Annual administration report of the Civil Veterinary Department of India - 1900-1901
Year: 1900
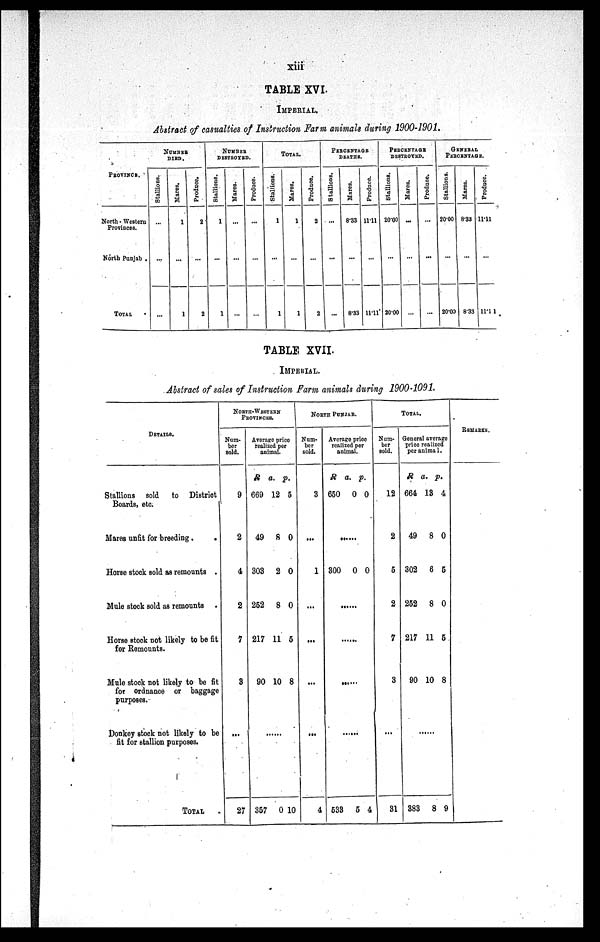
xiii
TABLE XVI.
IMPERIAL.
Abstract of casualties of Instruction Farm animals during 1900-1901.
PROVINCE.
North - Western
Provinces.
North Punjab .
TOTAL .
NUMBER
DIED.
Stallions.
...
...
...
Mares.
1
...
1
Produce.
2
...
2
NUMBER
DESTROYED.
Stallions.
1
...
1
Mares.
...
...
...
Produce.
...
...
...
TOTAL.
Stallions.
1
...
1
Mares.
1
...
1
Produce.
2
...
2
PERCENTAGE
DEATHS.
Stallions.
...
...
...
Mares.
8.33
...
8.33
Produce.
11.11
...
11.11
PERCENTAGE
DESTROYED.
Stallions.
20.00
...
20.00
Mares.
...
...
...
Produce.
...
...
...
GENERAL
PERCENTAGE.
Stallions.
20.00
...
20.00
Mares.
8.33
...
8.33
Produce.
11.11
...
11.11
TABLE XVII.
IMPERIAL.
Abstract of sales of Instruction Farm animals during 1900-1091.
DETAILS.
Stallions sold to District
Boards, etc.
Mares unfit for breeding .
.
Horse stock sold as remounts .
Mule stock sold as remounts .
Horse stock not likely to be fit
for Remounts.
Mule stock not likely to be fit
for ordnance or baggage
purposes.
Donkey stock not likely to be
fit for stallion purposes.
TOTAL
NORTH- WESTERN
PROVINCES.
Num-
ber
sold.
9
2
4
2
7
3
...
27
Average price
realized per
animal.
R
669
49
303
252
217
90
a.
12
8
2
8
11
10
p.
5
0
0
0
5
8
.....
357 0 10
NORTH PUNJAB.
Num-
ber
sold.
3
...
1
...
...
...
...
4
Average price
realized per
animal.
R
650
a.
0
p.
0
.....
300 0 0
.....
.....
.....
....
533 5 4
TOTAL.
Num-
ber
sold.
12
2
5
2
7
3
...
31
General average
price realized
per animal.
R
664
49
302
252
217
90
a.
13
8
6
8
11
10
p.
4
0
5
0
5
8
.....
383 8 9
REMARKS.